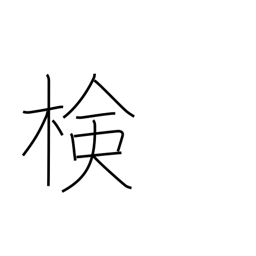
Meaning: examination